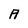
Character: A